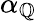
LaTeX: \alpha_{\mathbb{Q}}